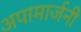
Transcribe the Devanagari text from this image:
अपामार्जनी